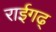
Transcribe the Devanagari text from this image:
राईगढ्